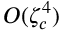
O ( \zeta _ { c } ^ { 4 } )